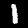
Digit: 1